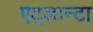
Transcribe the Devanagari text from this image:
एट्लान्टा